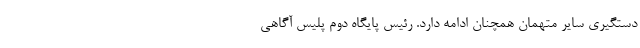
دستگیری سایر متهمان همچنان ادامه دارد. رئیس پایگاه دوم پلیس آگاهی